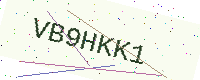
Text: VB9HKK1